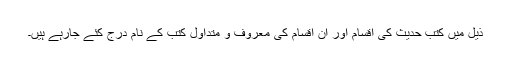
ذیل میں کتب حدیث کی اقسام اور ان اقسام کی معروف و متداول کتب کے نام درج کئے جارہے ہیں۔